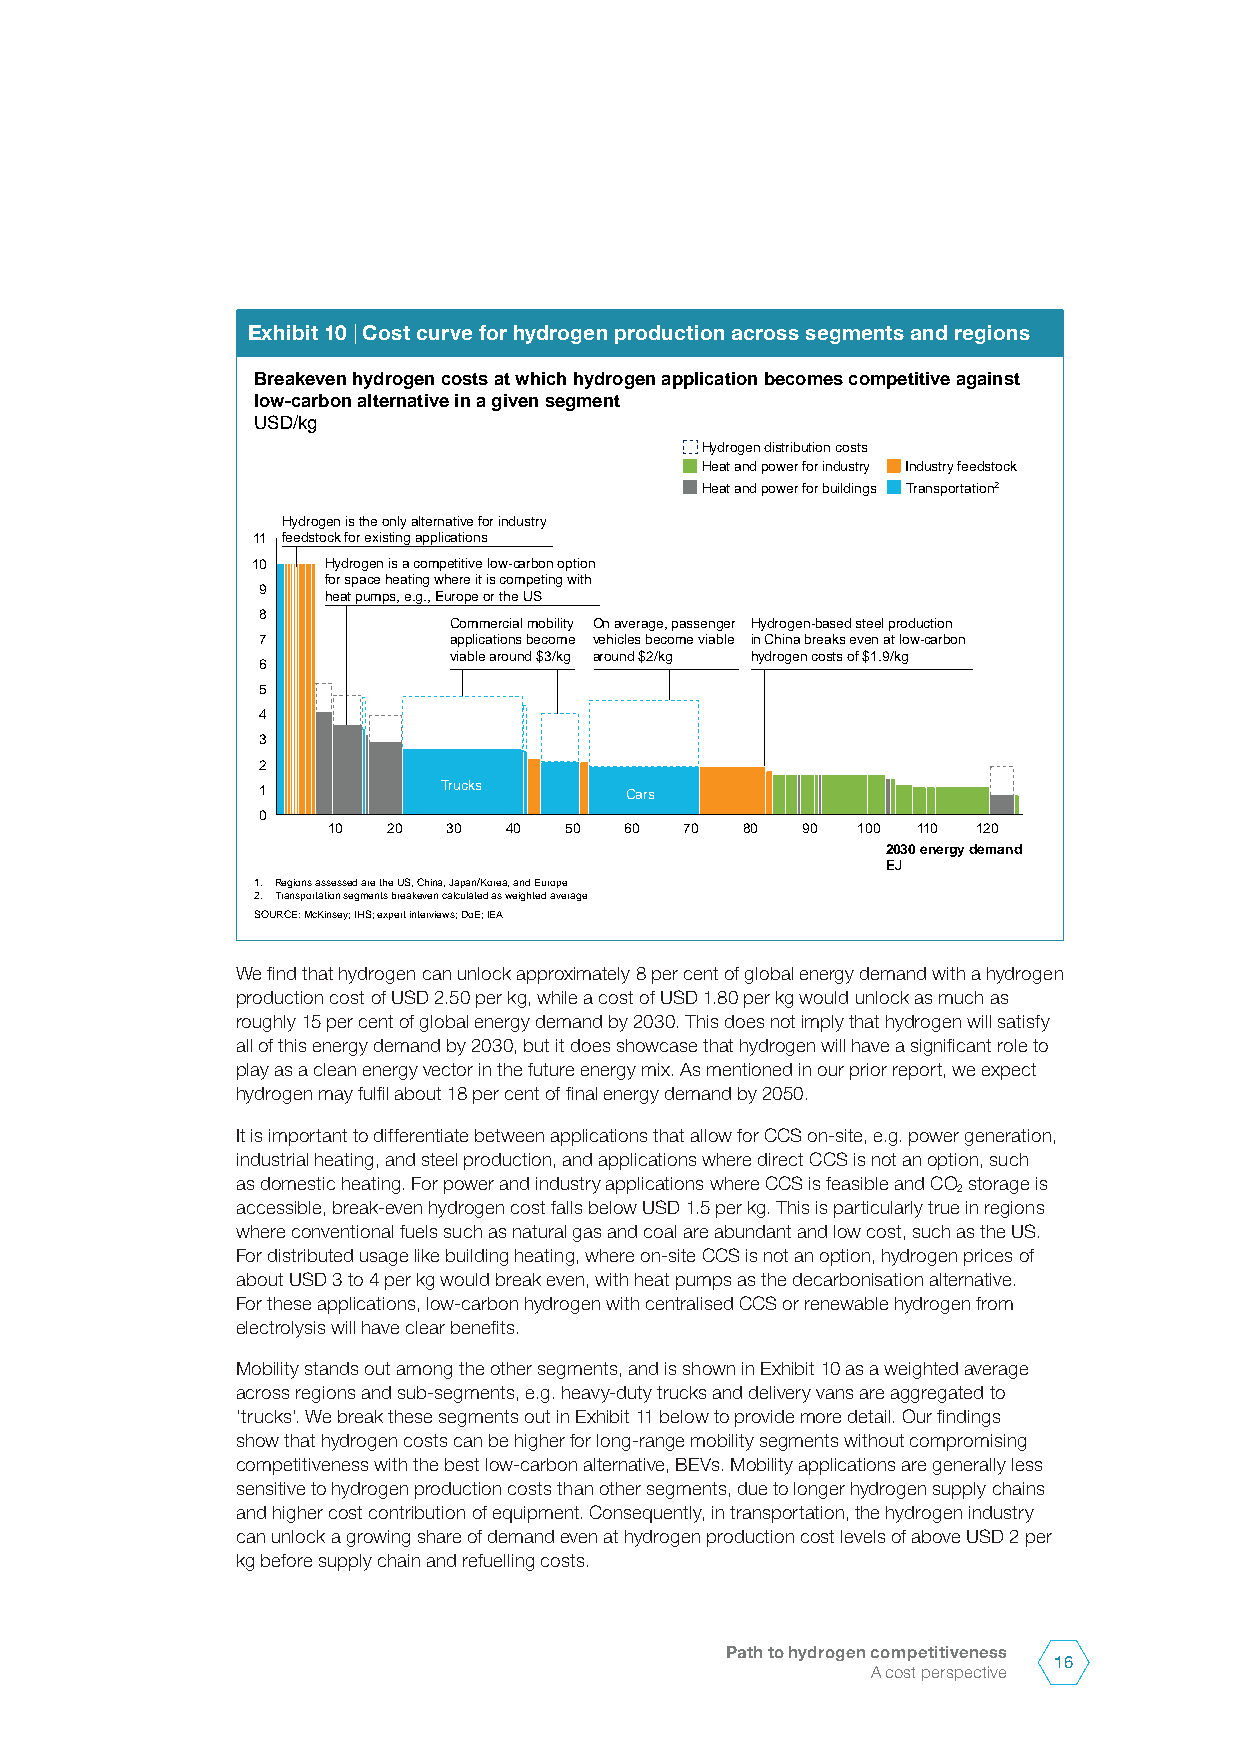
Exhibit 10 | Cost curve for hydrogen production across segments and regions
 Breakeven hydrogen costs at which hydrogen application becomes competitive against
 low-carbon alternative in a given segment
 USD/kg
 Hydrogen distribution costs
 Heat and power for industry Industry feedstock
 Heat and power for buildings Transportation2
 Hydrogen is the only alternative for industry
 11 feedstock for existing applications
 10   Hydrogen is a competitive low-carbon option
 for space heating where it is competing with
 9
 heat pumps, e.g., Europe or the US
 8
 Commercial mobility On average, passenger Hydrogen-based steel production
 7            applications become vehicles become viable in China breaks even at low-carbon
 viable around $3/kg around $2/kg hydrogen costs of $1.9/kg
 6
 5
 4
 3
 2
 1           Trucks      Cars
 0
 10  20  30 40  50  60  70  80  90  100 110 120
 2030 energy demand
 EJ
 1. Regions assessed are the US, China, Japan/Korea, and Europe
 2. Transportation segments breakeven calculated as weighted average
 SOURCE: McKinsey; IHS; expert interviews; DoE; IEA
 We find that hydrogen can unlock approximately 8 per cent of global energy demand with a hydrogen
 production cost of USD 2.50 per kg, while a cost of USD 1.80 per kg would unlock as much as
 roughly 15 per cent of global energy demand by 2030. This does not imply that hydrogen will satisfy
 all of this energy demand by 2030, but it does showcase that hydrogen will have a significant role to
 play as a clean energy vector in the future energy mix. As mentioned in our prior report, we expect
 hydrogen may fulfil about 18 per cent of final energy demand by 2050.
 It is important to differentiate between applications that allow for CCS on-site, e.g. power generation,
 industrial heating, and steel production, and applications where direct CCS is not an option, such
 as domestic heating. For power and industry applications where CCS is feasible and CO storage is
 2
 accessible, break-even hydrogen cost falls below USD 1.5 per kg. This is particularly true in regions
 where conventional fuels such as natural gas and coal are abundant and low cost, such as the US.
 For distributed usage like building heating, where on-site CCS is not an option, hydrogen prices of
 about USD 3 to 4 per kg would break even, with heat pumps as the decarbonisation alternative.
 For these applications, low-carbon hydrogen with centralised CCS or renewable hydrogen from
 electrolysis will have clear benefits.
 Mobility stands out among the other segments, and is shown in Exhibit 10 as a weighted average
 across regions and sub-segments, e.g. heavy-duty trucks and delivery vans are aggregated to
 ‘trucks’. We break these segments out in Exhibit 11 below to provide more detail. Our findings
 show that hydrogen costs can be higher for long-range mobility segments without compromising
 competitiveness with the best low-carbon alternative, BEVs. Mobility applications are generally less
 sensitive to hydrogen production costs than other segments, due to longer hydrogen supply chains
 and higher cost contribution of equipment. Consequently, in transportation, the hydrogen industry
 can unlock a growing share of demand even at hydrogen production cost levels of above USD 2 per
 kg before supply chain and refuelling costs.
 Path to hydrogen competitiveness
 16
 A cost perspective